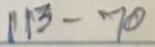
113 - 70